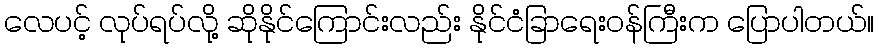
လေပင့် လုပ်ရပ်လို့ ဆိုနိုင်ကြောင်းလည်း နိုင်ငံခြာရေးဝန်ကြီးက ပြောပါတယ်။